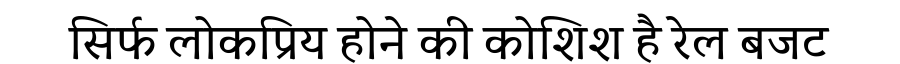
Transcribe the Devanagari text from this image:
सिर्फ लोकप्रिय होने की कोशिश है रेल बजट